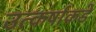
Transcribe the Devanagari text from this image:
उत्कर्षाकडे